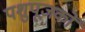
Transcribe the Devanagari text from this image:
पशुपूजकों